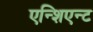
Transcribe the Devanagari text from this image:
एन्शिएन्ट